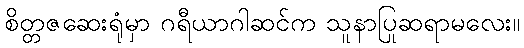
စိတ္တဇဆေးရုံမှာ ဂရီယာဂါဆင်က သူနာပြုဆရာမလေး။